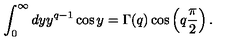
\int _ { 0 } ^ { \infty } d y y ^ { q - 1 } \cos y = \Gamma ( q ) \cos \left( q \frac { \pi } { 2 } \right) .